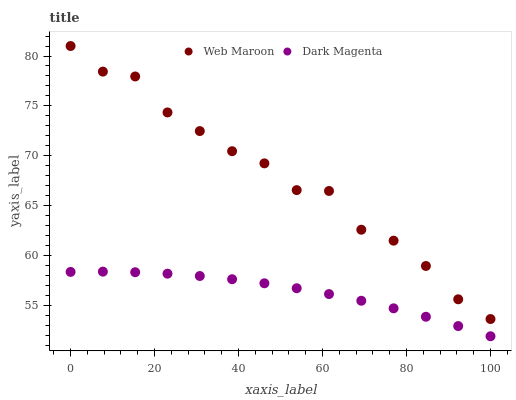
| xaxis_label | Web Maroon | Dark Magenta |
 | --- | --- | --- |
 | 0 | 81 | 58.4 |
 | 7.69 | 78.4 | 58.4 |
 | 15.4 | 78 | 58.4 |
 | 23.1 | 74.4 | 58.2 |
 | 30.8 | 72.5 | 58 |
 | 38.5 | 70.5 | 57.7 |
 | 46.2 | 69.3 | 57.2 |
 | 53.8 | 66.6 | 56.8 |
 | 61.5 | 66.5 | 56.2 |
 | 69.2 | 62.6 | 55.5 |
 | 76.9 | 61.5 | 54.7 |
 | 84.6 | 59 | 53.9 |
 | 92.3 | 55.6 | 53 |
 | 100 | 53.7 | 51.9 |